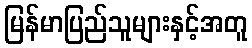
မြန်မာပြည်သူများနှင့်အတူ